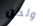
ولكن